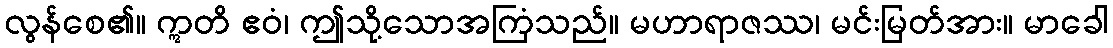
လွန်စေ၏။ ဣတိ ဧဝံ၊ ဤသို့သောအကြံသည်။ မဟာရာဇဿ၊ မင်းမြတ်အား။ မာခေါ